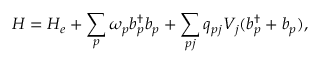
{ H } = { H _ { e } } + \sum _ { p } \omega _ { p } b _ { p } ^ { \dagger } b _ { p } + \sum _ { p j } q _ { p j } V _ { j } ( b _ { p } ^ { \dagger } + b _ { p } ) ,